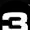
Digit: 3